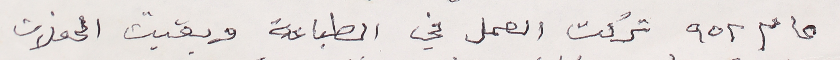
عام ٩٥٢ تركت العمل في الطباعة وبقيت الحفلات